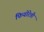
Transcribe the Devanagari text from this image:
फियोरेत्ती